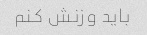
باید وزنش کنم